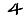
Digit: 4